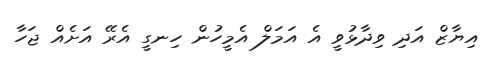
އިޔާޒް އަދި ވިދާޅުވީ އެ އަމަލް އެމީހުން ހިނގީ އެރޭ އަށެއް ޖަހާ